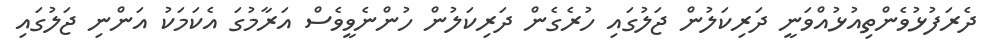
ދެރަފުޅުވެންތިއުޅުއްވަނީ ދަރިކަލުން ޖަލުގައި ހުރެގެން ދަރިކަލުން ހުންނެވީވެސް އަރާމުގަ އެކަމަކު އަންނި ޖަލުގައި